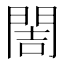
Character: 䦖